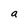
Character: a